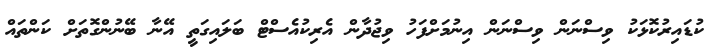
ކުޑައިރުކޮޅަކު ވިސްނަން ވިސްނަން އިނުމަށްފަހު ވިޖުދާން އެރިކުއެސްޓް ބަލައިގަތީ އޭނާ ބޭނުންގޮތަށް ކަންތައް